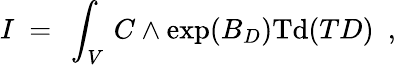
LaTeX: I\ =\ \int_{V}\, C\wedge\exp(B_{D})\mathrm{Td}(TD)\ \ ,